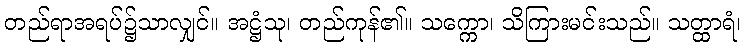
တည်ရာအရပ်၌သာလျှင်။ အဋ္ဌံသု၊ တည်ကုန်၏။ သက္ကော၊ သိကြားမင်းသည်။ သတ္ထာရံ၊